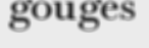
gouges